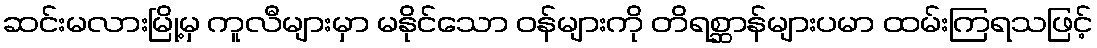
ဆင်းမလားမြို့မှ ကူလီများမှာ မနိုင်သော ဝန်များကို တိရစ္ဆာန်များပမာ ထမ်းကြရသဖြင့်